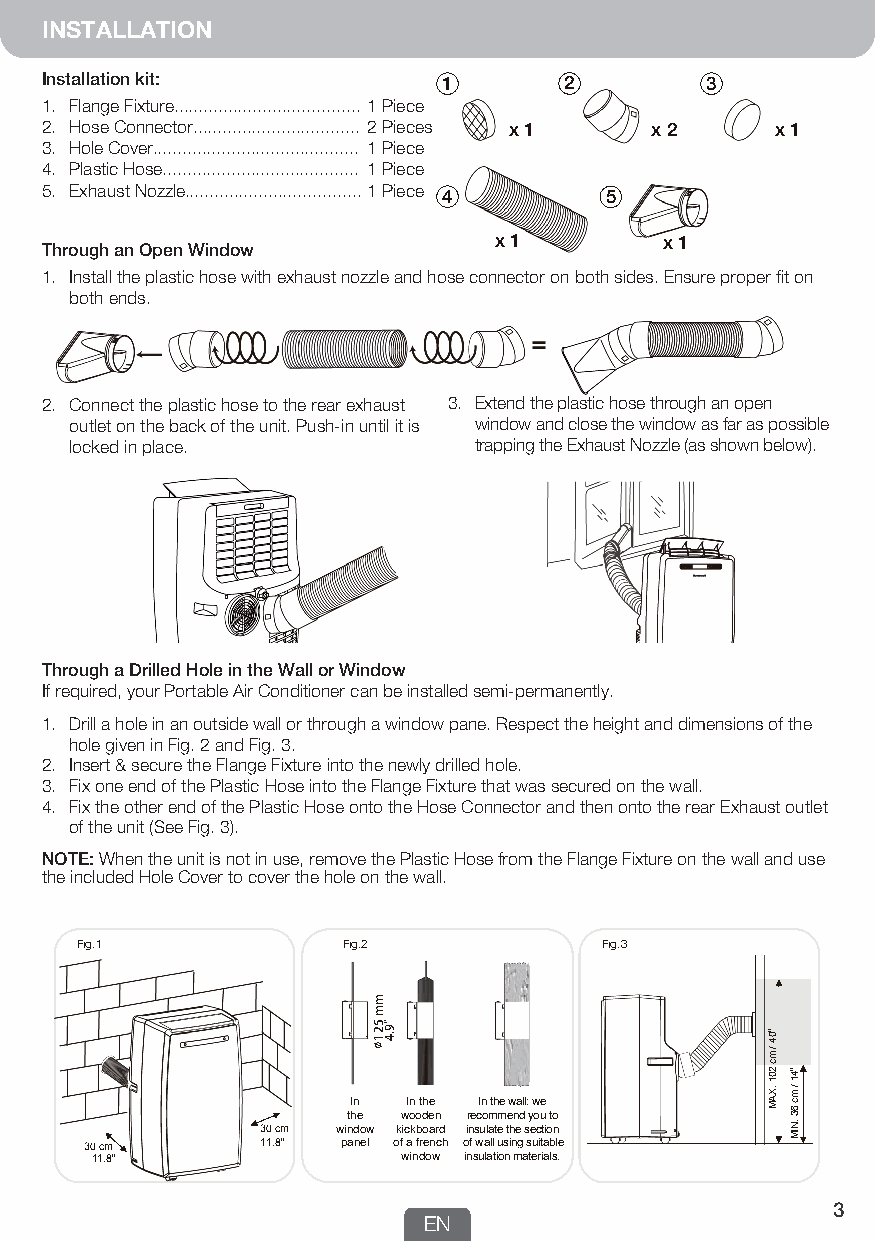
INSTALLATION
 Installation kit:         1       2         3
 1. Flange Fixture...................................... 1 Piece
 2. Hose Connector.................................. 2 Pieces x 1 x 2 x 1
 3. Hole Cover.......................................... 1 Piece
 4. Plastic Hose........................................ 1 Piece
 5. Exhaust Nozzle....................................1 Piece 4 5
 x 1        x 1
 Through an Open Window
 1. Install the plastic hose with exhaust nozzle and hose connector on both sides. Ensure proper fit on
 both ends.
 2. Connect the plastic hose to the rear exhaust 3. Extend the plastic hose through an open
 outlet on the back of the unit. Push-in until it is window and close the window as far as possible
 locked in place.          trapping the Exhaust Nozzle (as shown below).
 Through a Drilled Hole in the Wall or Window
 If required, your Portable Air Conditioner can be installed semi-permanently.
 1. Drill a hole in an outside wall or through a window pane. Respect the height and dimensions of the
 hole given in Fig. 2 and Fig. 3.
 2. Insert & secure the Flange Fixture into the newly drilled hole.
 3. Fix one end of the Plastic Hose into the Flange Fixture that was secured on the wall.
 4. Fix the other end of the Plastic Hose onto the Hose Connector and then onto the rear Exhaust outlet
 of the unit (See Fig. 3).
 NOTE: When the unit is not in use, remove the Plastic Hose from the Flange Fixture on the wall and use
 the included Hole Cover to cover the hole on the wall.
 Fig.1             Fig.2            Fig.3
 In  In the In the wall: we
 the wooden recommend you to
 30 cm window kickboard insulate the section
 30 cm      11.8” panel of a french of wall using suitable
 11.8”                window insulation materials.
 3
 EN
 mm
 521
 ”9.4
 ”04
 / mc
 201
 .XAM
 ”41
 / mc
 63
 .NIM